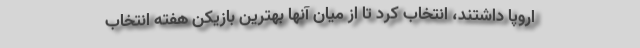
اروپا داشتند، انتخاب کرد تا از میان آنها بهترین بازیکن هفته انتخاب